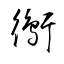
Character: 鵆